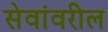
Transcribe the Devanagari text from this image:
सेवांवरील